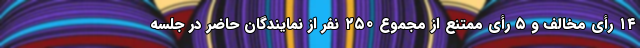
۱۴ رأی مخالف و ۵ رأی ممتنع از مجموع ۲۵۰ نفر از نمایندگان حاضر در جلسه